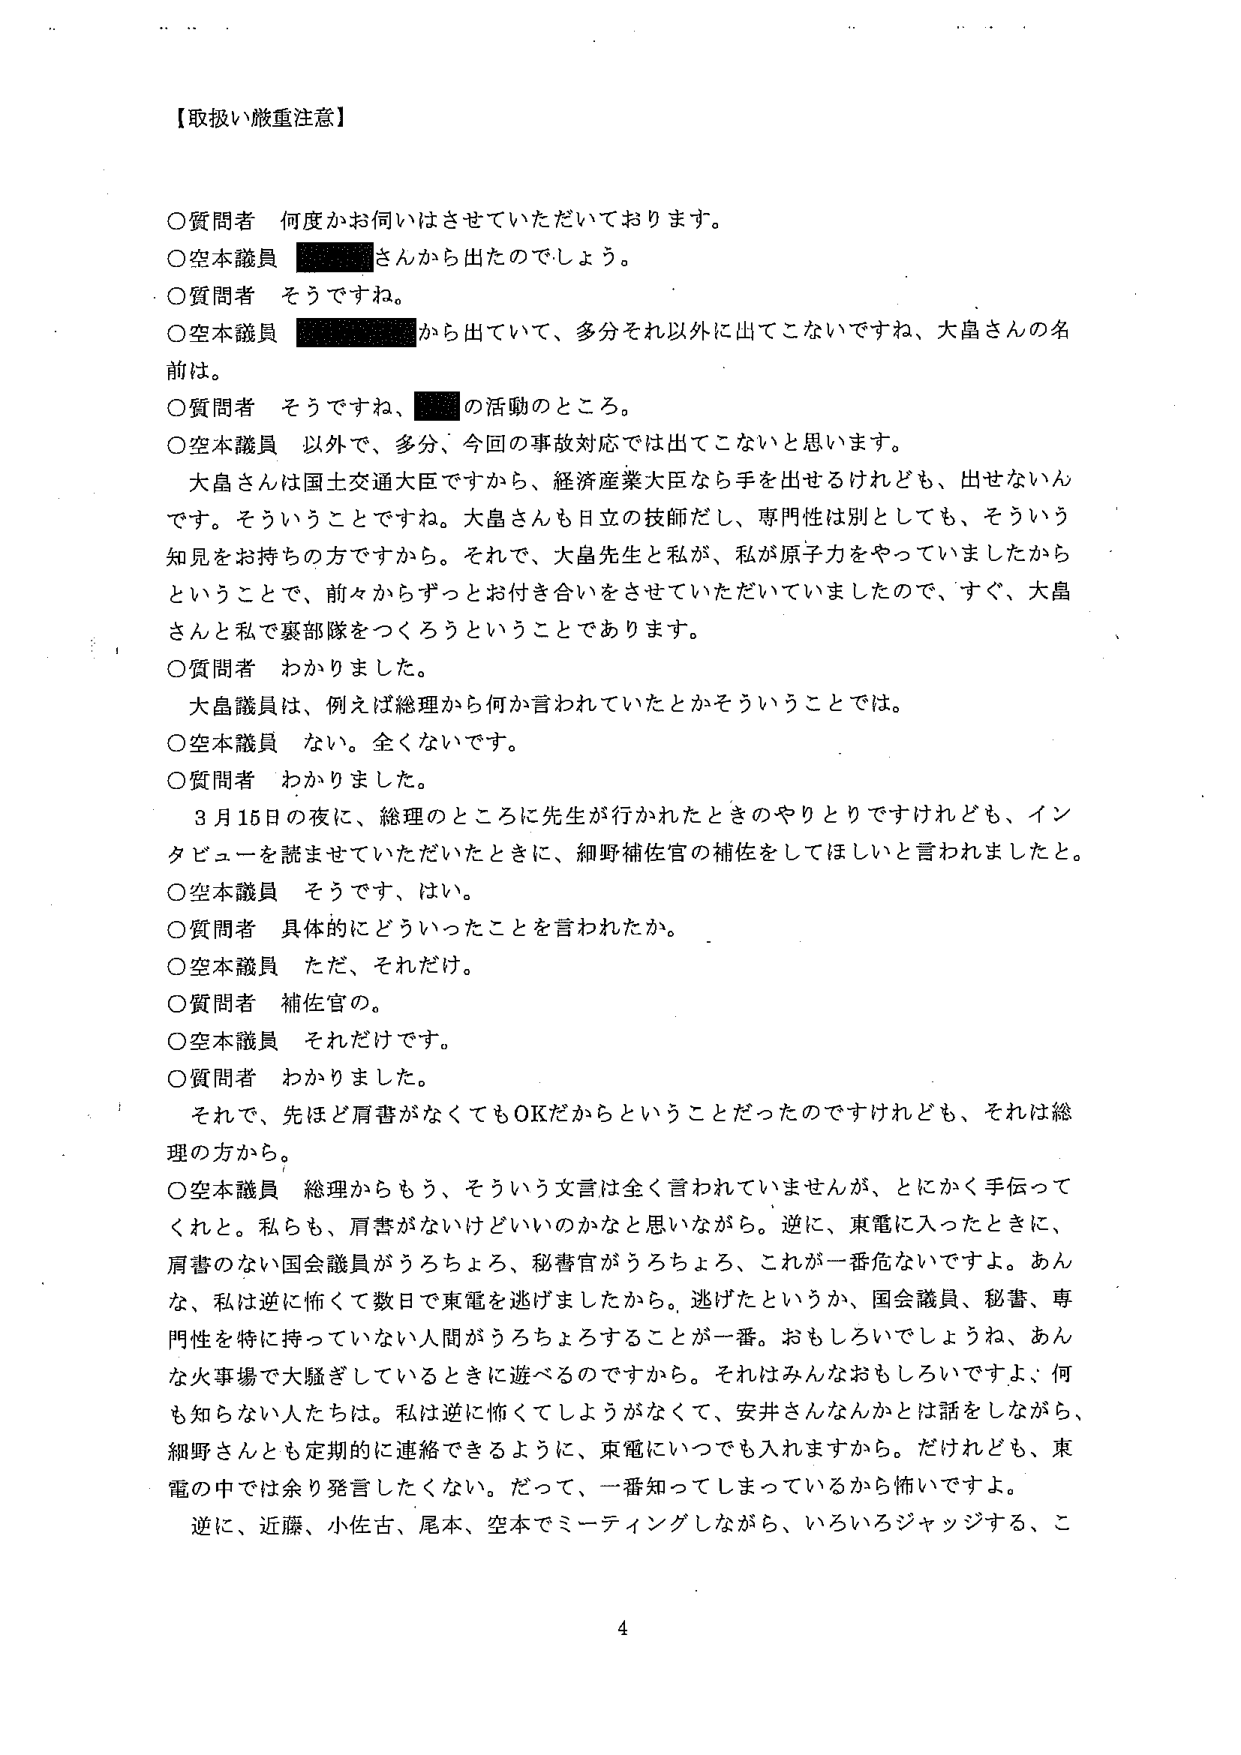
【取扱い厳重注意】

○質問者 何かお伺いはさせていただいております。
○空本議員 ■■■■さんから出たのでしょう。
○質問者 そうですね。
○空本議員 ■■■■から出ていて、多分それ以外に出てこないですね、大畠さんの名前は。
○質問者 そうですね、■■の活動のところ。
○空本議員 以外で、多分、今回の事故対応では出てこないと思います。
　大畠さんは国土交通大臣ですから、経済産業大臣なら手を出せるけれども、出せないんです。そういうことですね。大畠さんも日立の技師だし、専門性は別としても、そういう知見をお持ちの方ですから。それで、大畠先生と私が、私が原子力をやっていましたからということで、前々からずっとお付き合いをさせていただいていましたので、すぐ、大畠さんと私で裏部隊をつくろうということあります。
○質問者 わかりました。
　大畠議員は、例えば総理から何か言われていたとかそういうことでは。
○空本議員 ない。全くないです。
○質問者 わかりました。
　3月16日の夜に、総理のところに先生が行かれたときのやりとりですけれども、インタビューを読ませていただいたときに、細野補佐官の補佐をしてほしいと言われましたと。
○空本議員 そうです、はい。
○質問者 具体的にどういったことを言われたか。
○空本議員 ただ、それだけ。
○質問者 補佐官の。
○空本議員 それだけです。
○質問者 わかりました。
　それで、先ほど肩書がなくてもOKだからということだったのですけれども、それは総理の方から。
○空本議員 総理からもう、そういう文言は全く言われていませんが、とにかく手伝ってくれと。私も、肩書がないけどいいのかなと思いながら。逆に、東電に入ったときに、肩書のない国会議員がうろちょろ、秘書官がうろちょろ、これが一番危ないですよ。あんな、私は逆に怖くて数日で東電を逃げましたから。逃げたというか、国会議員、秘書、専門性を持ってない人間がうろちょろすることが一番。おもしろいでしょうね、あんな火事場で大騒ぎしているときに遊べるのですから。それはみんなおもしろいですよ、何も知らない人たち。私は逆に怖くてしようがなくて、安井さんなんかとは話をしながら、細野さんとも定期的に連絡できるように、東電にいつでも入れますから。だけれども、東電の中では余り発言したくない。だって、一番知ってしまっているから怖いですよ。
　逆に、近藤、小佐古、尾本、空本でミーティングしながら、いろいろジャッジする、こ

4